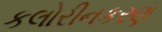
કલોરીનકરણ